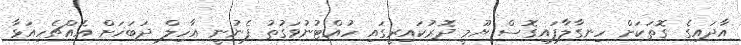
އާދައިގެ ގޮތަކަށް ހިނގާލާފައިގޮސް ޔޫމީ ދޮރުކައިރީގައި ހުއްޓުނުވަގުތު ފެނުނީ އާހިލް ދަބަހަށް އެއްޗެހިއަޅާ